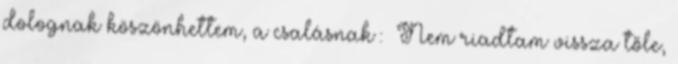
dolognak köszönhettem, a csalásnak : Nem riadtam vissza tőle,